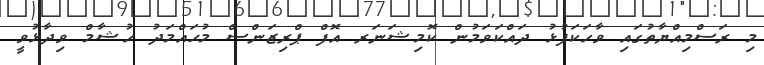
މި ރަސްމިއްޔާތުގައި ވާހަކަފުޅު ދައްކަވަމުން ކޮމިޝަނަރ އޮފް ޕްރިޒަންސް މުޙައްމަދު ހުޝާމް ވިދާޅުވީ